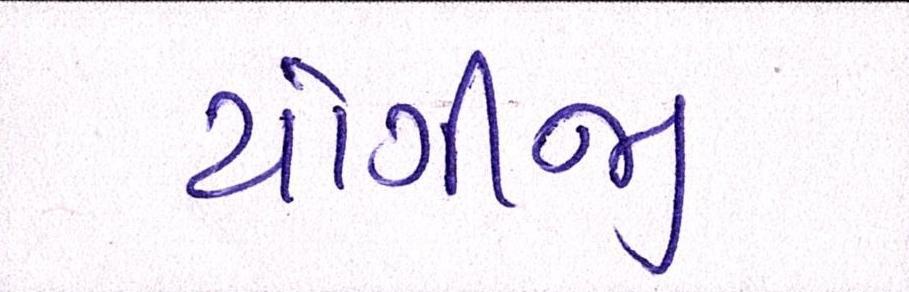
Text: યોગીજી